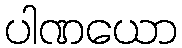
ပါဏယော